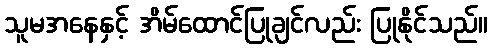
သူမအနေနှင့် အိမ်ထောင်ပြုချင်လည်း ပြုနိုင်သည်။